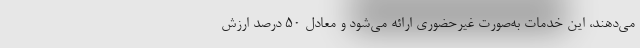
می‌دهند، این خدمات به‌صورت غیرحضوری ارائه می‌شود و معادل 50 درصد ارزش